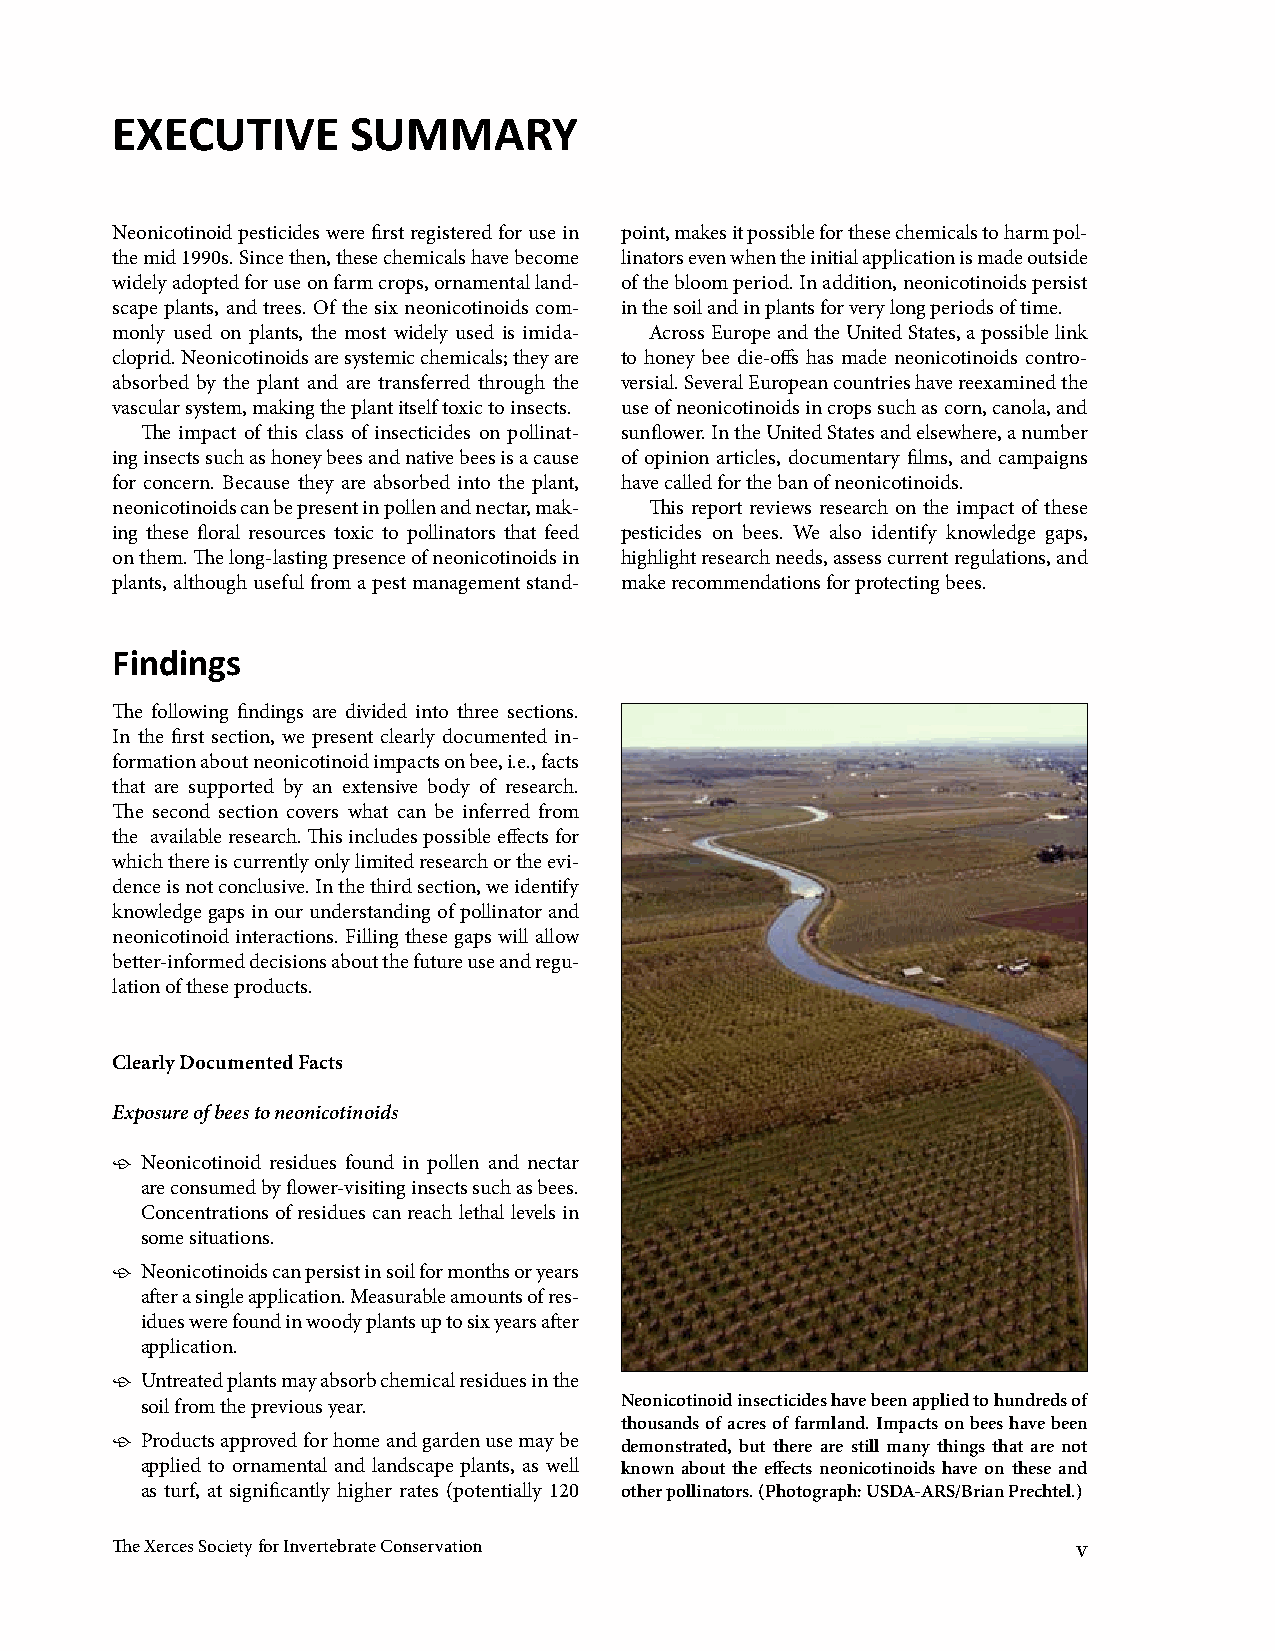
EXECUTIVE       SUMMARY
 Neonicotinoid pesticides were first registered for use in point, makes it possible for these chemicals to harm pol-
 the mid 1990s. Since then, these chemicals have become linators even when the initial application is made outside
 widely adopted for use on farm crops, ornamental land- of the bloom period. In addition, neonicotinoids persist
 scape plants, and trees. Of the six neonicotinoids com- in the soil and in plants for very long periods of time.
 monly used on plants, the most widely used is imida- Across Europe and the United States, a possible link
 cloprid. Neonicotinoids are systemic chemicals; they are to honey bee die-offs has made neonicotinoids contro-
 absorbed by the plant and are transferred through the versial. Several European countries have reexamined the
 vascular system, making the plant itself toxic to insects. use of neonicotinoids in crops such as corn, canola, and
 The impact of this class of insecticides on pollinat- sunflower. In the United States and elsewhere, a number
 ing insects such as honey bees and native bees is a cause of opinion articles, documentary films, and campaigns
 for concern. Because they are absorbed into the plant, have called for the ban of neonicotinoids.
 neonicotinoids can be present in pollen and nectar, mak- This report reviews research on the impact of these
 ing these floral resources toxic to pollinators that feed pesticides on bees. We also identify knowledge gaps,
 on them. The long-lasting presence of neonicotinoids in highlight research needs, assess current regulations, and
 plants, although useful from a pest management stand- make recommendations for protecting bees.
 Findings
 The following findings are divided into three sections.
 In the first section, we present clearly documented in-
 formation about neonicotinoid impacts on bee, i.e., facts
 that are supported by an extensive body of research.
 The second section covers what can be inferred from
 the available research. This includes possible effects for
 which there is currently only limited research or the evi-
 dence is not conclusive. In the third section, we identify
 knowledge gaps in our understanding of pollinator and
 neonicotinoid interactions. Filling these gaps will allow
 better-informed decisions about the future use and regu-
 lation of these products.
 Clearly Documented Facts
 Exposure of bees to neonicotinoids
 ӧ Neonicotinoid residues found in pollen and nectar
 are consumed by flower-visiting insects such as bees.
 Concentrations of residues can reach lethal levels in
 some situations.
 ӧ Neonicotinoids can persist in soil for months or years
 after a single application. Measurable amounts of res-
 idues were found in woody plants up to six years after
 application.
 ӧ Untreated plants may absorb chemical residues in the
 soil from the previous year.    Neonicotinoid insecticides have been applied to hundreds of
 thousands of acres of farmland. Impacts on bees have been
 ӧ Products approved for home and garden use may be demonstrated, but there are still many things that are not
 applied to ornamental and landscape plants, as well known about the effects neonicotinoids have on these and
 as turf, at significantly higher rates (potentially 120 other pollinators. (Photograph: USDA-ARS/Brian Prechtel.)
 The Xerces Society for Invertebrate Conservation                v